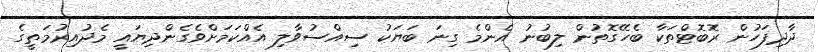
ދާދިފަހުން ރޮބޮޓްތަކާ ބެހޭގޮތުން ލިބުނު އެންމެ ގިނަ ބަޔަކު ސިއްސުވާލި އެއްކަމަށްވެގެންދިޔައީ މެދުއިރުމަތީގެ